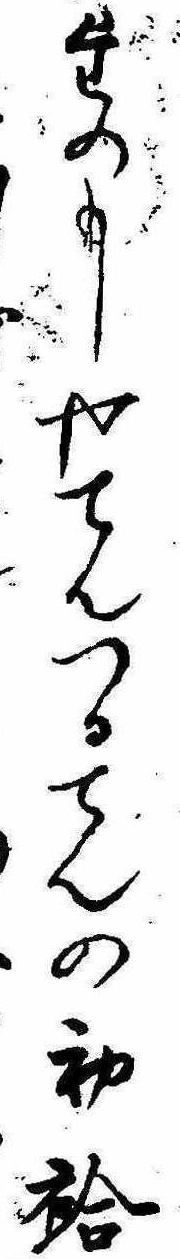
たのもしやてんつるてんの初袷